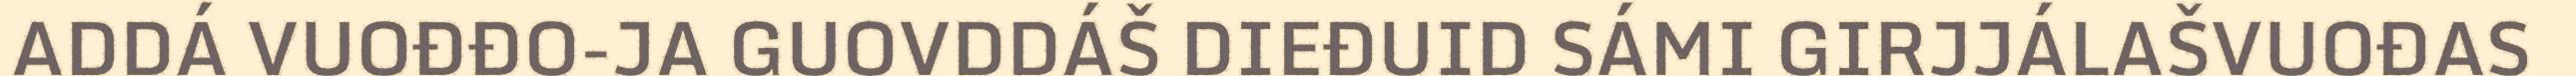
ADDÁ VUOĐĐO-JA GUOVDDÁŠ DIEĐUID SÁMI GIRJJÁLAŠVUOĐAS